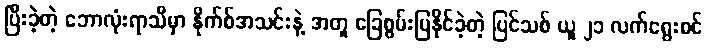
ပြီးခဲ့တဲ့ ဘောလုံးရာသီမှာ နိုက်စ်အသင်းနဲ့ အတူ ခြေစွမ်းပြနိုင်ခဲ့တဲ့ ပြင်သစ် ယူ ၂၁ လက်ရွေးစင်